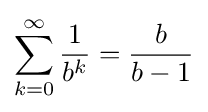
\sum _{k=0}^{\infty }{\frac {1}{b^{k}}}={\frac {b}{b-1}}